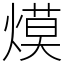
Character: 㷬